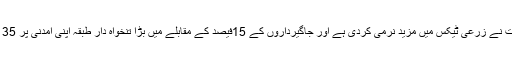
اب پی ٹی آئی کی حکومت نے زرعی ٹیکس میں مزید نرمی کردی ہے اور جاگیرداروں کے 15فیصد کے مقابلے میں بڑا تنخواہ دار طبقہ اپنی آمدنی پر 35 فیصد ٹیکس ادا کرتا ہے۔